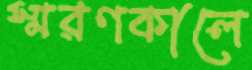
স্মরণকালে